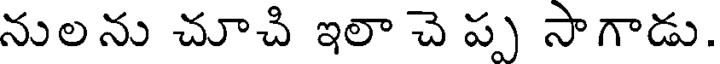
నులను చూచి ఇలా చె ప్ప సాగాడు.